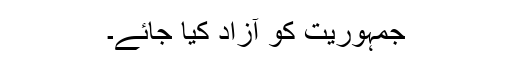
جمہوریت کو آزاد کیا جائے۔